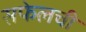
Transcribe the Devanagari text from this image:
सफेलची